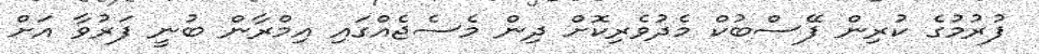
ފުރުމުގެ ކުރިން ފޭސްބުކް މެދުވެރިކޮށް ދިން މެސެޖެއްގައި އިމްރާން ބުނީ ފަރުވާ އަށް